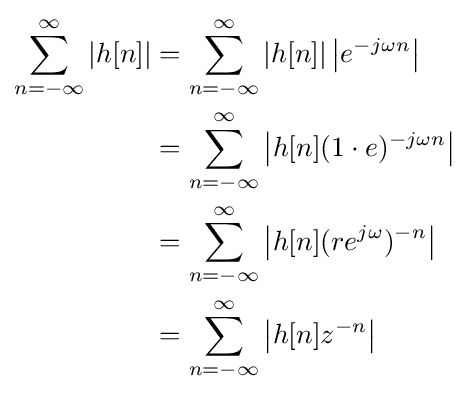
{\begin{aligned}\sum _{n=-\infty }^{\infty }\left|h[n]\right|&=\sum _{n=-\infty }^{\infty }\left|h[n]\right|\left|e^{-j\omega n}\right|\\&=\sum _{n=-\infty }^{\infty }\left|h[n](1\cdot e)^{-j\omega n}\right|\\&=\sum _{n=-\infty }^{\infty }\left|h[n](re^{j\omega })^{-n}\right|\\&=\sum _{n=-\infty }^{\infty }\left|h[n]z^{-n}\right|\end{aligned}}